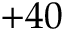
+ 4 0